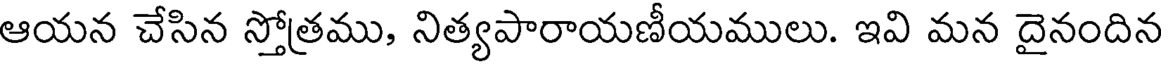
ఆయన చేసిన స్తోత్రము, నిత్యపారాయణీయములు. ఇవి మన దైనందిన